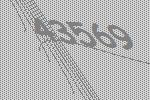
43569